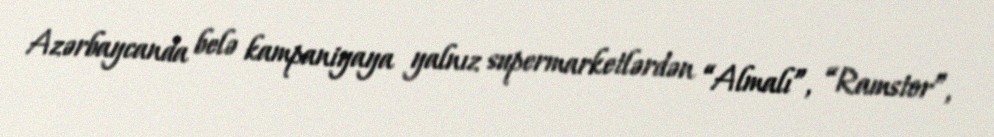
Azərbaycanda belə kampaniyaya yalnız supermarketlərdən “Almalı”, “Ramstor”,